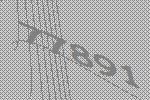
77891